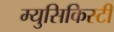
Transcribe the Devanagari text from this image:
म्युसिकिस्टी